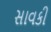
સાવકી